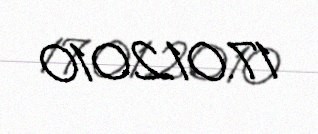
17.01.2010